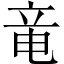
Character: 竜